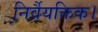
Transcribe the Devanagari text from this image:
निर्वैयक्तिक।